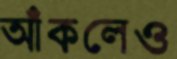
আঁকলেও